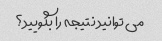
می توانید نتیجه را بگویید؟